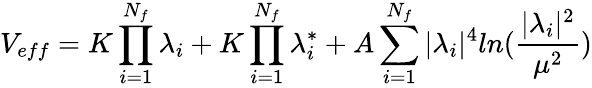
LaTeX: V_{eff}=K\prod_{i=1}^{N_{f}}\lambda_{i}+K\prod_{i=1}^{N_{f}}\lambda_{i}^{*}+A\sum_{i=1}^{N_{f}}\vert\lambda_{i}\vert^{4}ln(\frac{\vert\lambda_{i}\vert^{2}}{\mu^{2}})